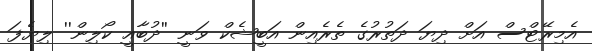
އެމިރޭޓްސް އަށް ދިޔަ ދަތުރުގެ ތެރެއިން އަބީޝެކް ވަނީ ''ދުބާއީ ކޯލިން'' ލިޔެފަ